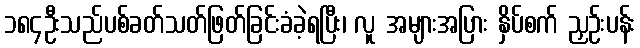
၁၈၄ဦးသည်ပစ်ခတ်သတ်ဖြတ်ခြင်းခံခဲ့ရပြီး၊ လူ အများအပြား နှိပ်စက် ညှဉ်းပန်း